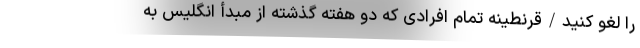
را لغو کنید/قرنطینه تمام افرادی که دو هفته گذشته از مبدأ انگلیس به